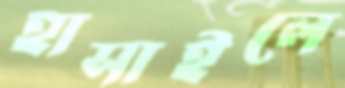
হাসাইলে